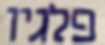
פלגיו